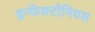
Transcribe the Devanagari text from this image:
इन्फेक्टोनियस